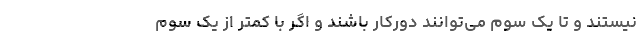
نیستند و تا یک سوم می‌توانند دورکار باشند و اگر با کمتر از یک سوم